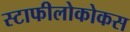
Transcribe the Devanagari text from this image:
स्टाफीलोकोकस